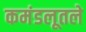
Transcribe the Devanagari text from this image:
कमंडलूतले